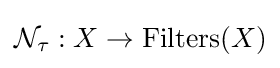
{\mathcal {N}}_{\tau }:X\to \operatorname {Filters} (X)